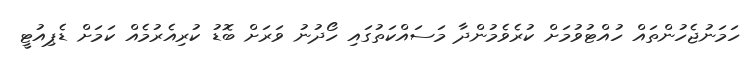
ހަމަނުޖެހުންތައް ހުއްޓުވުމަށް ކުރެވެމުންދާ މަސައްކަތުގައި ހޯދުނު ވަރަށް ބޮޑު ކުރިއެރުމެއް ކަމަށް ޑެޕިއުޓީ